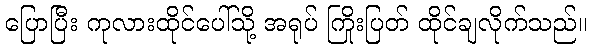
ပြောပြီး ကုလားထိုင်ပေါ်သို့ အရုပ် ကြိုးပြတ် ထိုင်ချလိုက်သည်။